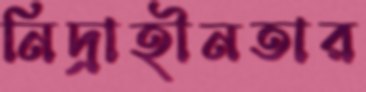
নিদ্রাহীনতার